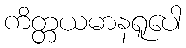
ကိတ္တယမာနရူပေါ